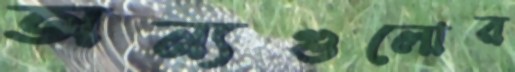
অন্যগুলোর